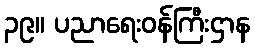
၃၉။ ပညာရေးဝန်ကြီးဌာန